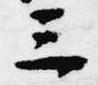
三